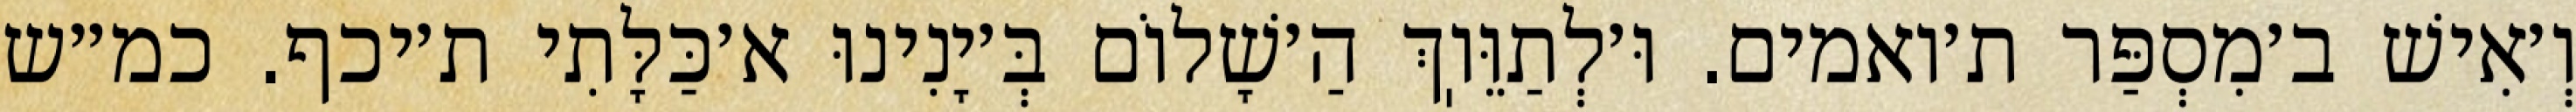
וְ׳אִישׁ ב׳מִסְפַּר ת׳ואמים. וּ׳לְתַוֵּוֽךְ הַ׳שָׁלוֹם בְּ׳יָנִינוּ א׳כַּלָּתִי ת׳יכף. כמ״ש